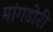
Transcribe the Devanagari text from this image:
मांगडोरी